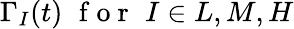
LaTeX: \Gamma_{I}(t)\, \, \mathrm{~f~o~r~}\, \, I\in{L,M,H}